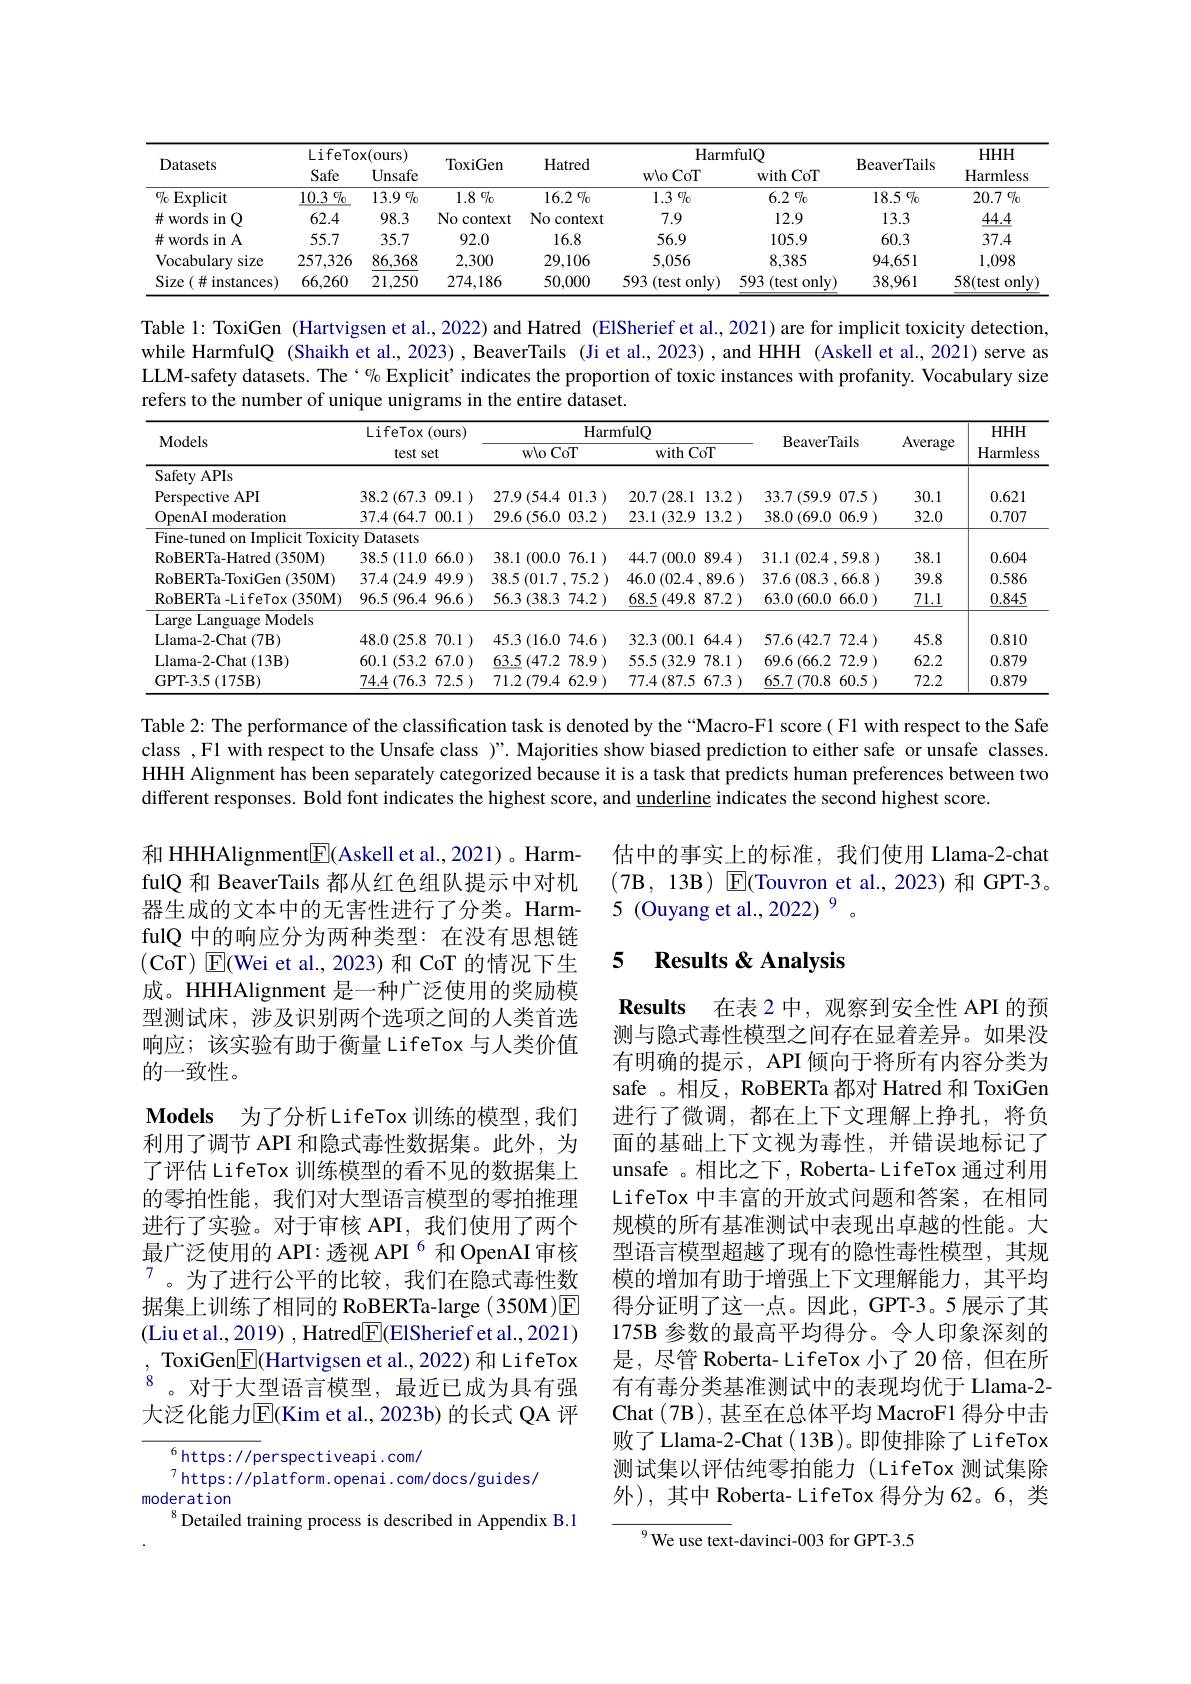
<table>
	<tbody>
		<tr>
			<th rowspan="2">Datasets</th>
			<th colspan="2">LifeTox( ours) </th>
			<th rowspan="2">ToxiGen</th>
			<th rowspan="2">Hatred</th>
			<th colspan="2">HarmfulO</th>
			<th rowspan="2">BeaverTails</th>
			<th rowspan="2">$HHH$ Harmless</th>
		</tr>
		<tr>
			<th>Safe</th>
			<th>Unsafe</th>
			<th>wloCoT</th>
			<th>with CoT</th>
		</tr>
		<tr>
			<td>$\%$ Explicit</td>
			<td>10.3 $\%$</td>
			<td>13.9 70</td>
			<td>$1.8\%$</td>
			<td>16.2 $\%$</td>
			<td>1.3 $\%$</td>
			<td>$6.2\%$</td>
			<td>18.5 $\%$</td>
			<td>20.7 $\%$</td>
		</tr>
		<tr>
			<td>井 words in 1</td>
			<td>62.4</td>
			<td>98.3</td>
			<td>No context</td>
			<td>No context</td>
			<td>7.9</td>
			<td>12.9</td>
			<td>13.3</td>
			<td>44.4</td>
		</tr>
		<tr>
			<td>$\#$words in A</td>
			<td>55.7</td>
			<td>35.7</td>
			<td>92.0</td>
			<td>16.8</td>
			<td>56.9</td>
			<td>105.9</td>
			<td>60.3</td>
			<td>37.4</td>
		</tr>
		<tr>
			<td>Vocabulary size L</td>
			<td>257,326</td>
			<td>86,368</td>
			<td>2,300</td>
			<td>29,106</td>
			<td>5,056</td>
			<td>8,385</td>
			<td>94,651</td>
			<td>1,098</td>
		</tr>
		<tr>
			<td>Size $(\#$instances)</td>
			<td>66,260</td>
			<td>21,250</td>
			<td>274,186</td>
			<td>50,000</td>
			<td>593 (test only)</td>
			<td>593 (test only)</td>
			<td>38,961</td>
			<td>58(test only</td>
		</tr>
	</tbody>
</table>

Table 1: ToxiGen (Hartvigsen et al.,2022)and Hatred (ElSherief et al.,2021) are for implicit toxicity detection, while HarmfulQ (Shaikh et al., 2023), BeaverTails (Ji et al., 2023), and HHH (Askell et al., 2021) serve as LLM-safety datasets. The‘ "% Explicit’ indicates the proportion of toxic instances with profanity. Vocabulary size refers to the number of unique unigrams in the entire dataset.

<table>
	<tbody>
		<tr>
			<th rowspan="2">Models</th>
			<th colspan="2">LifeTox(ours)</th>
			<th colspan="4">HarmfulQ</th>
			<th rowspan="2">BeaverTails</th>
			<th rowspan="2">Average</th>
			<th rowspan="2">$HHH$ Harmless</th>
		</tr>
		<tr>
			<th>tests</th>
			<th>st</th>
			<th colspan="2">wloCoT</th>
			<th>$\operatorname{with}\operatorname{CoT}$</th>
			<th>$20T$</th>
		</tr>
		<tr>
			<td>Safety APIs</td>
			<td> </td>
			<td> </td>
			<td> </td>
			<td> </td>
			<td> </td>
			<td> </td>
			<td> </td>
			<td> </td>
			<td> </td>
		</tr>
		<tr>
			<td>Perspective API</td>
			<td>38.2 (67.3</td>
			<td>09.1</td>
			<td>27.9 (54.4</td>
			<td>01.3</td>
			<td>$20.7\left(28.1\right)$ 1</td>
			<td>13.2</td>
			<td>33.7 (59.9 07.5 )</td>
			<td>30.1</td>
			<td>0.621</td>
		</tr>
		<tr>
			<td>OpenAI moderation</td>
			<td>37.4 (64.7</td>
			<td>00.1</td>
			<td>29.6 (56.0</td>
			<td>03.2</td>
			<td>23.1 (32.9</td>
			<td>13.2</td>
			<td>38.0 (69.0 06.9 )</td>
			<td>32.0</td>
			<td>0.707</td>
		</tr>
		<tr>
			<td>Fine-tuned on Implicit Toxici</td>
			<td>Datasets $ty$</td>
			<td> </td>
			<td> </td>
			<td> </td>
			<td> </td>
			<td> </td>
			<td> </td>
			<td> </td>
			<td> </td>
		</tr>
		<tr>
			<td>RoBERTa- Hatred ( 350M) </td>
			<td>38.5 (11.0</td>
			<td>66.0</td>
			<td>38.1 (00.0</td>
			<td>76.1</td>
			<td>44.7 (00.0</td>
			<td>89.4</td>
			<td>31.1 (02.4 ,59.8 ) 1</td>
			<td>38.1</td>
			<td>0.604</td>
		</tr>
		<tr>
			<td>RoBERTa- ToxiGen ( 350M) </td>
			<td>37.4 (24.9</td>
			<td>49.9</td>
			<td>38.5 (01.7</td>
			<td>75.2</td>
			<td>$46.0\left(02.4\right.$,</td>
			<td>89.6</td>
			<td>37.6 (08.3 ,66.8 )</td>
			<td>39.8</td>
			<td>0.586</td>
		</tr>
		<tr>
			<td>RoBERTa - LifeTox ( 350M) </td>
			<td>$96.5\pmod{4}$</td>
			<td>96.6</td>
			<td>56.3 (38.3</td>
			<td>74.2</td>
			<td>68.5 (49.8</td>
			<td>87.2</td>
			<td>63.0 (60.0 66.0 )</td>
			<td>71.1</td>
			<td>0.845</td>
		</tr>
		<tr>
			<td>Large Language ${\mathrm{eModels}}$</td>
			<td> </td>
			<td> </td>
			<td> </td>
			<td> </td>
			<td> </td>
			<td> </td>
			<td> </td>
			<td> </td>
			<td> </td>
		</tr>
		<tr>
			<td>Llama- 2- Chat ( 7B) </td>
			<td>48.0 (25.8</td>
			<td>70.1</td>
			<td>45.3 (16.0</td>
			<td>74.6</td>
			<td>32.3 (00.1</td>
			<td>64.4</td>
			<td>57.6 (42.7 72.4 )</td>
			<td>45.8</td>
			<td>0.810</td>
		</tr>
		<tr>
			<td>Llama- 2- Chat ( 13B) </td>
			<td>60.1 (53.2</td>
			<td>67.0</td>
			<td>$\underline{63.5}(47.2$</td>
			<td>78.9</td>
			<td>55.5 (32.9</td>
			<td>78.1</td>
			<td>69.6 (66.2 72.9 )</td>
			<td>62.2</td>
			<td>0.879</td>
		</tr>
		<tr>
			<td>GPT- 3. 5 ( 175B) </td>
			<td>74.4 (76.3</td>
			<td>72.5</td>
			<td>$71.2\left(79.4\right)$</td>
			<td>62.9</td>
			<td>77.4 (87.5</td>
			<td>67.3</td>
			<td>$65.7\left(70.8\right.$ 60.5 )</td>
			<td>72.2</td>
			<td>0.879</td>
		</tr>
	</tbody>
</table>

Table 2: The performance of the classification task is denoted by the“Macro-F1 score( F1 with respect to the Safe class , F1 with respect to the Unsafe class )”. Majorities show biased prediction to either safe or unsafe classes. HHH Alignment has been separately categorized because it is a task that predicts human preferences between two different responses. Bold font indicates the highest score, and underline indicates the second highest score.

估中的事实上的标准，我们使用 Llama-2-chat (7B,13B) E(Touvron et al.,2023)和 GPT-3。5 (Ouyang et al.,2022)$^{9}$

## 5 Results & Analysis

fulQ 和 BeaverTails 都从红色组队提示中对机器生成的文本中的无害性进行了分类。HarmfulQ 中的响应分为两种类型：在没有思想链(CoT) E(Wei et al., 2023) 和 CoT 的情况下生成。HHHAlignment 是一种广泛使用的奖励模型测试床，涉及识别两个选项之间的人类首选响应；该实验有助于衡量 LifeTox 与人类价值的一致性。
$\textbf{Models}$ 为了分析LifeTox训练的模型，我们利用了调节 API 和隐式毒性数据集。此外，为了评估 LifeTox 训练模型的看不见的数据集上的零拍性能，我们对大型语言模型的零拍推理进行了实验。对于审核 API,我们使用了两个最广泛使用的 API: 透视 API $^{6}$和 OpenAI 审核$^{7}$。为了进行公平的比较，我们在隐式毒性数据集上训练了相同的 RoBERTa-large (350M)$\boxed{\mathrm{E}}$ (Liu et al., 2019) , Hatred$\overline{\mathrm{E}}($ElSherief et al., 2021) , ToxiGen$\boxed{\mathrm{E}}($Hartvigsen et al.,2022)和LifeTox $^{8}$。对于大型语言模型，最近已成为具有强大泛化能力$\overline{\mathrm{E}}($Kim et al., 2023b) 的长式 QA 评

$\textbf{Results}$ 在表2中，观察到安全性，API 的预测与隐式毒性模型之间存在显着差异。如果没有明确的提示，API 倾向于将所有内容分类为safe 。相反，RoBERTa 都对 Hatred 和 ToxiGen 进行了微调，都在上下文理解上挣扎，将负面的基础上下文视为毒性，并错误地标记了unsafe 。相比之下，Roberta- LifeTox 通过利用LifeTox 中丰富的开放式问题和答案，在相同规模的所有基准测试中表现出卓越的性能。大型语言模型超越了现有的隐性毒性模型，其规模的增加有助于增强上下文理解能力，其平均得分证明了这一点。因此，GPT-3。5 展示了其175B 参数的最高平均得分。令人印象深刻的是，尽管 Roberta- LifeTox 小了 20 倍，但在所有有毒分类基准测试中的表现均优于 Llama-2- Chat (7B), 甚至在总体平均 MacroF1 得分中击败了Llama-2-Chat(13B)。即使排除了LifeTox 测试集以评估纯零拍能力 (LifeTox 测试集除外), 其中 Roberta- LifeTox 得分为 62。6, 类

$^{6}$https: / perspectiveapi.com/
$^{7}$https://platform.openai.com/docs/guides/
moderation
$^{8}$Detailed training process is described in Appendix B.1

$^{9}$We use text-davinci-003 for GPT-3.5